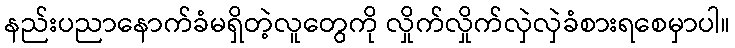
နည်းပညာနောက်ခံမရှိတဲ့လူတွေကို လှိုက်လှိုက်လှဲလှဲခံစားရစေမှာပါ။